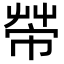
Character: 𢄆